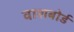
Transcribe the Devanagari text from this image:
वाशबोर्ड